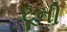
ટૂની